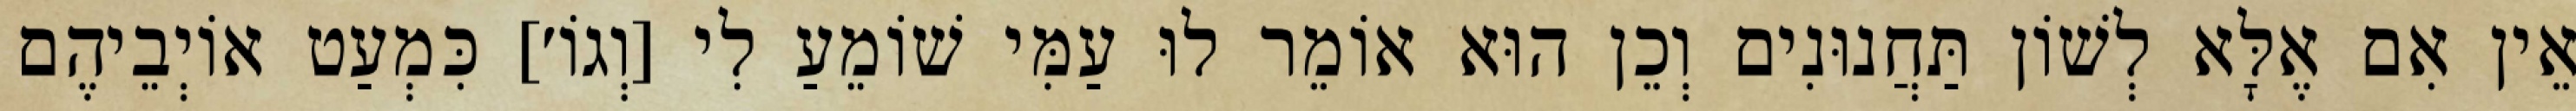
אֵין אִם אֶלָּא לְשׁוֹן תַּחֲנוּנִים וְכֵן הוּא אוֹמֵר לוּ עַמִּי שׁוֹמֵעַ לִי [וְגוֹ׳] כִּמְעַט אוֹיְבֵיהֶם